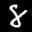
Label: 8